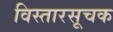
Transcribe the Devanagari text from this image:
विस्तारसूचक